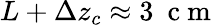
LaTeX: L+\Delta z_{c}\approx 3~\mathrm{~c~m~}